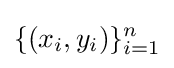
\{(x_{i},y_{i})\}_{i=1}^{n}